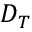
D _ { T }